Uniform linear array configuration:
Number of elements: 8
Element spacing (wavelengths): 0.75
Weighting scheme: binomial
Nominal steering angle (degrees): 15
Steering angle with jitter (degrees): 14.525
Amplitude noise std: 0.05
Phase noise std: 0.05

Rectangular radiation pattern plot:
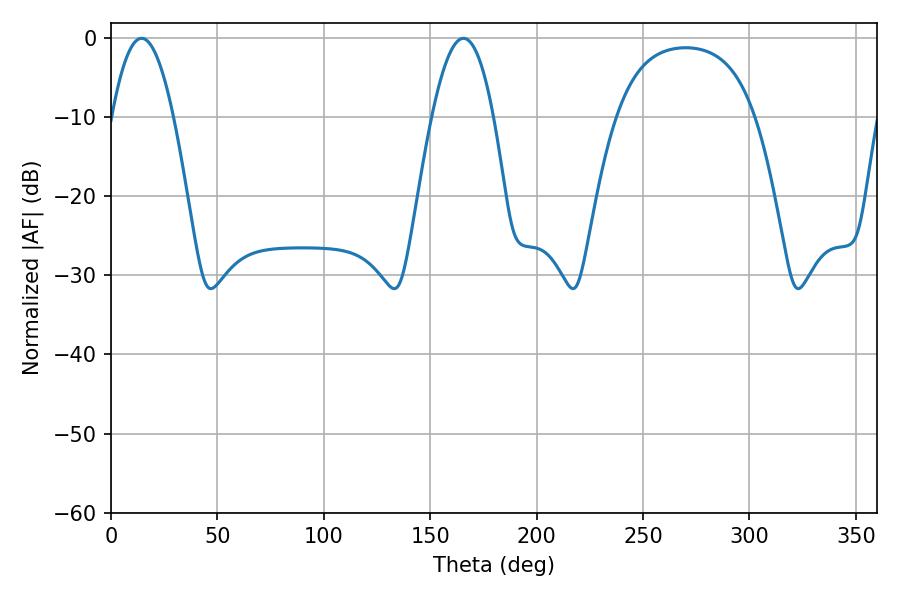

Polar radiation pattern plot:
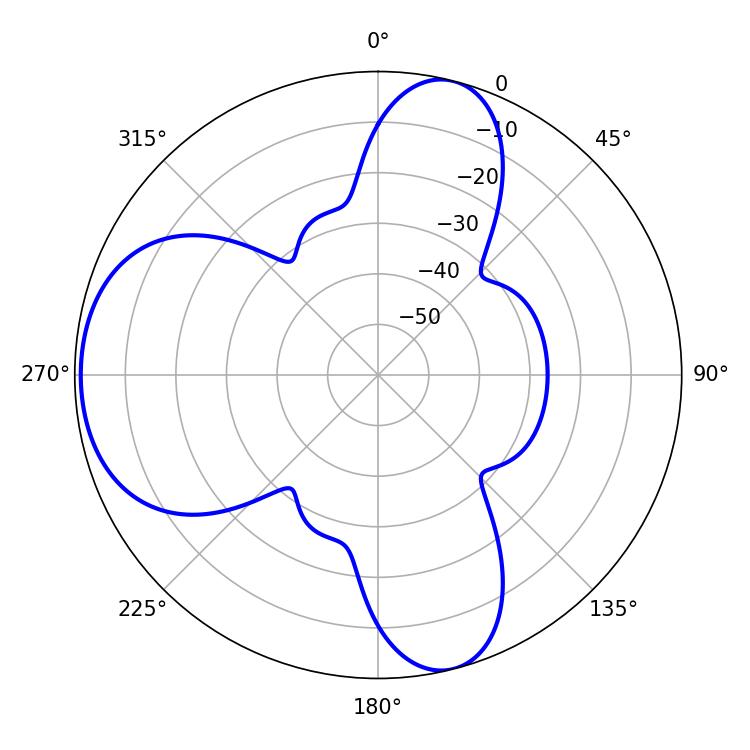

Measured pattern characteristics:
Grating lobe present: TRUE
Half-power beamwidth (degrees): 15.84
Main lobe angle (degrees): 14.4